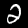
Label: 2